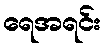
ရေအရင်း